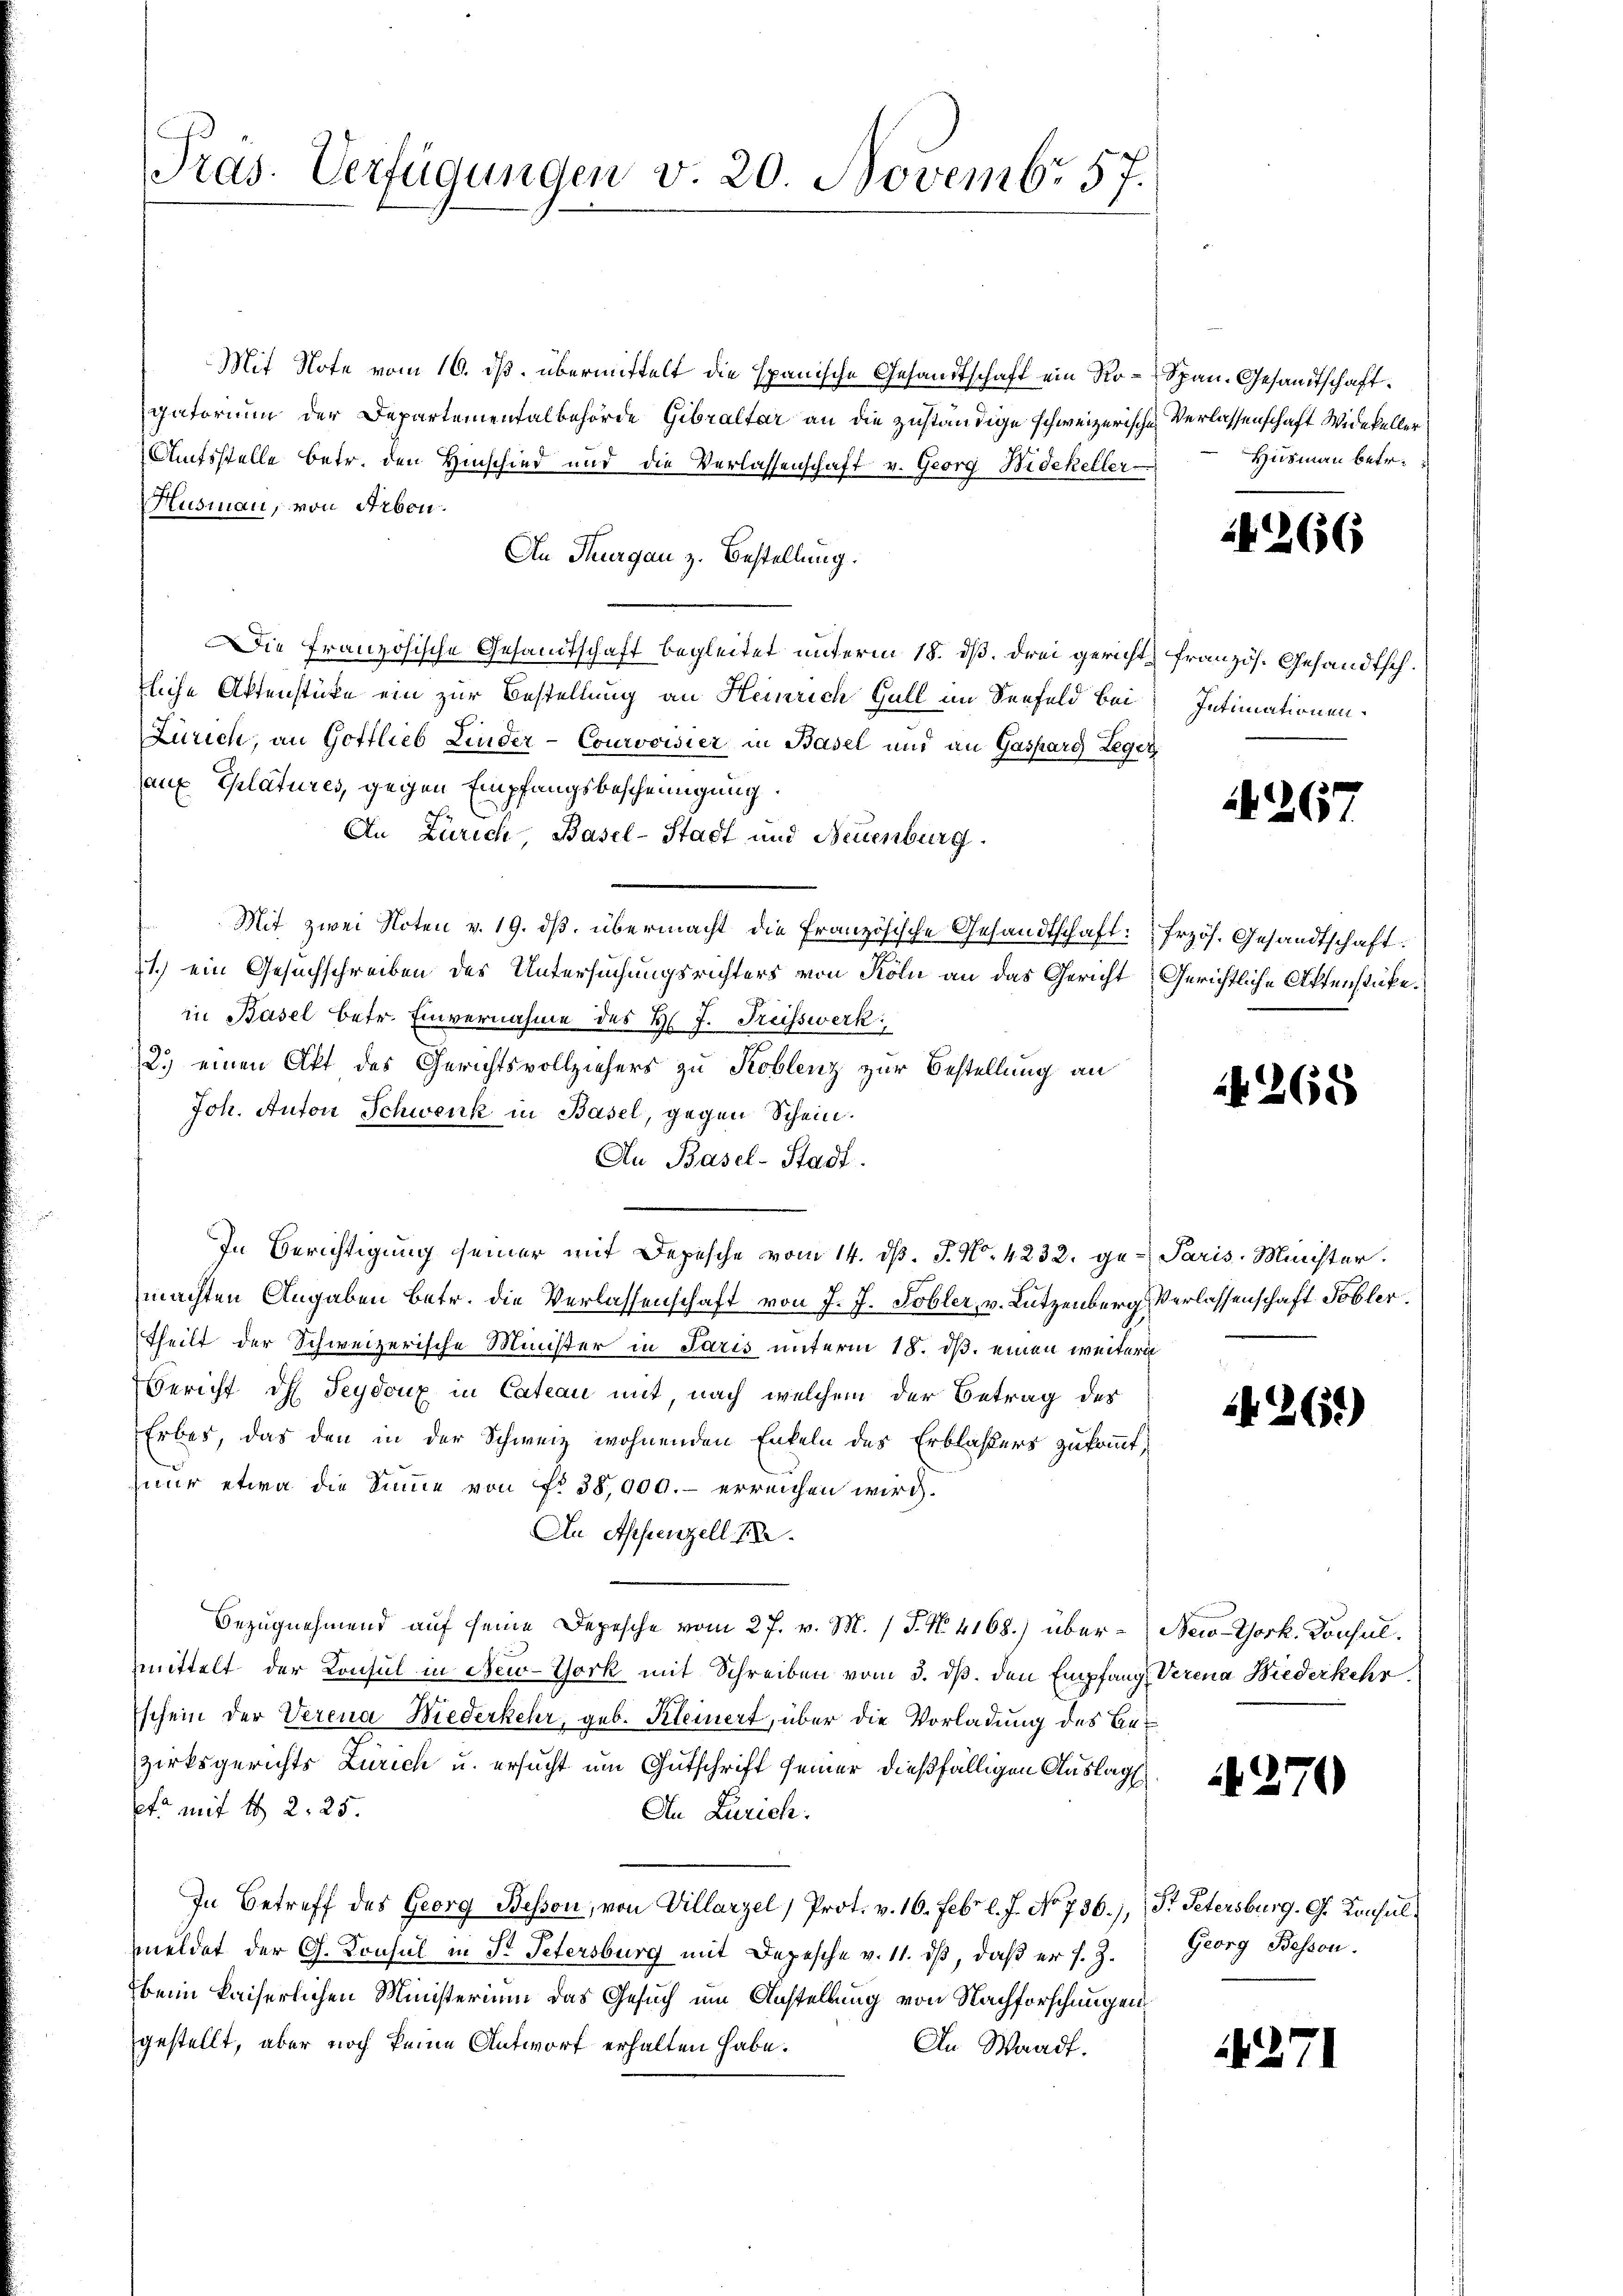
Präs. Verfügungen v. 20. Novembr 57.

Mit Note vom 16. ds. übermittelt die spanische Gesandtschaft ein Ro-Span. Gesandtschaft.
gatorium der Departementalbehörde Gebraltar an die zuständige schweizerische Verlassenschaft Widekeller
Afsstelle betr. den Hinschied und die Verlassenschaft v. Georg Widekeller
usman, von Arben.
An Thurgau z. Bestellung.
Die Französische Gesandtschaft begleitet unterm 18. ds. drei gericht französ. Gesandtschtliche Aktenstücke ein zur Bestellung an Heinrich Gall im Seefeld bei
Zürich, an Gottlieb Linder-Courovisier in Basel und an Gasparg Leger
aux Eplatures, gegen Empfangsbescheinigung.
An Zürich, Basel-Stadt und Neuenburg.
Mit zwei Noten v. 19. dβ. übermacht die Französische Gesandtschaft: Erzös. Gesandtschaft.
1.) ein Gesuchschreiben des Untersuchungsrichters von Köln an das Gericht Gerichtliche Affenstücke.
in Basel betr. Einvernahme des H. J. Freisswerk
2.) einen Akt des Gerichtsvollziehers zu Koblenz zur Bestellung an
Joh. Anton Schwenk in Basel, gegen Schein.
An Basel-Stadt.
In Berichtigung seiner mit Depesche vom 14. d. J. No. 4232. ge. Paris Minister.
machten Angaben betr. die Verlassenschaft von J. J. Tobler, v. Lutzenberg Verlassenschaft Tobler,
Theilt der Schweizerische Minister in Paris unterm 18. ds. einen weitern
Bericht dh. Peydoux in Cateau mit, nach welchem der Betrag des
Erbes, das den in der Schweiz wohnenden Enkeln des Erblasers zukommt,
hnur etwa die Sinne von No 38,000.- erreichen wird.
An Appenzell I.
Bezugnehmend auf seine Depesche vom 27. v. M. (T. N. 4168.) über-New-York. Konsulmittelt der Konsul in New-York mit Schreiben vom 3. dβ. den Empfang, Verena Wiederkehr
Eschein der Verena Wiederkehr, geb. Kleinert, über die Vorladung des Bezirksgerichts Zürich u. ersucht um Gutschrift seiner dießfälligen Auslag
pt mit 1 2. 25.
An Zürich.
In Betreff des Georg Besson, von Villarzel, Prot. v. 16. Febr. l. J. No 736.), Dr. Petersburg. G. Konsulmeldet der G. Konsul in St. Petersburg mit Depesche v. 11. ds, daß er s. Z.
beim kaiserlichen Ministerium das Gesuch um Anstellung von Nachforschungen
gestellt, aber noch keine Antworf erhalten habe.
An Waadt.

Husmann betr.

266

Intimationen.

267

268

261)

270

Georg Bessen.

14271